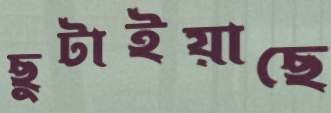
ছুটাইয়াছে